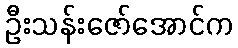
ဦးသန်းဇော်အောင်က